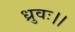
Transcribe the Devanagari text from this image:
ध्रुवः।।